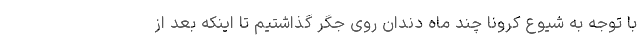
با توجه به شیوع کرونا چند ماه دندان روی جگر گذاشتیم تا اینکه بعد از